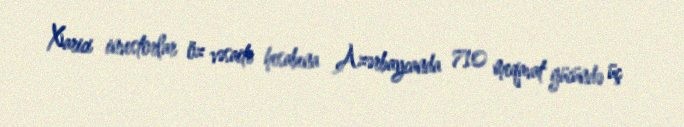
Xarici investorlar öz vəsaiti hesabına Azərbaycanda 710 meqavat gücündə üç